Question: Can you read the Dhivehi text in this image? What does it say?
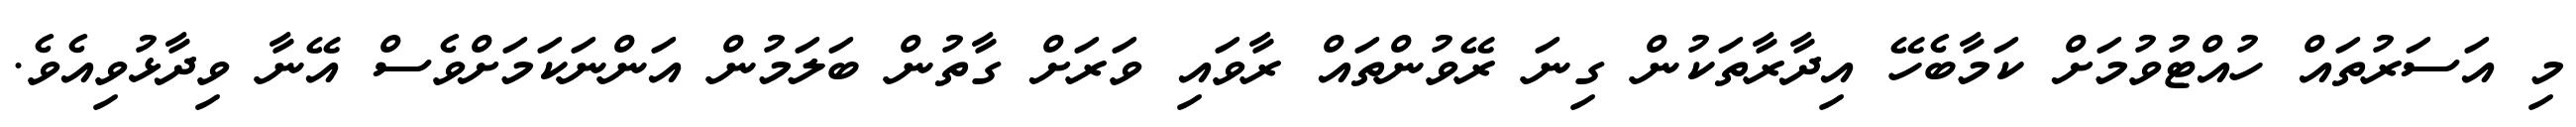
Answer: މި އަސަރުތައް ހުއްޓުވުމަށް ކަމާބެހޭ އިދާރާތަކުން ގިނަ ރޭވުންތައް ރާވައި ވަރަށް ގާތުން ބަލަމުން އަންނަކަމަށްވެސް އޭނާ ވިދާޅުވިއެވެ.